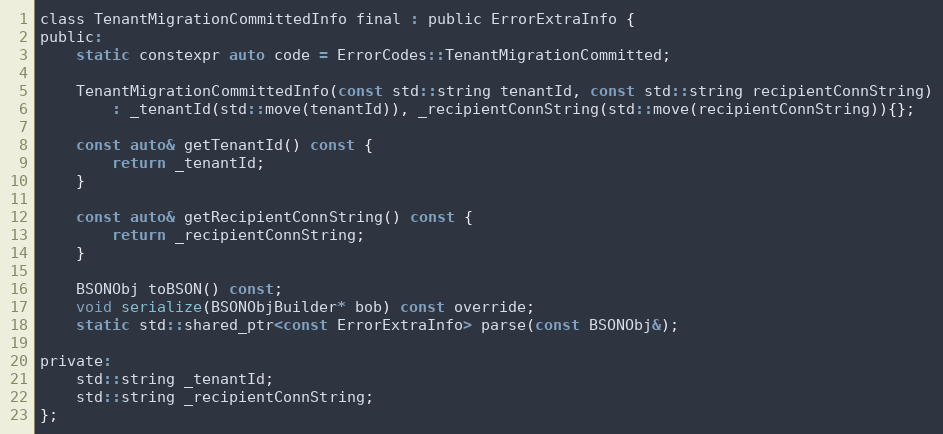
Language: C
class TenantMigrationCommittedInfo final : public ErrorExtraInfo {
public:
    static constexpr auto code = ErrorCodes::TenantMigrationCommitted;

    TenantMigrationCommittedInfo(const std::string tenantId, const std::string recipientConnString)
        : _tenantId(std::move(tenantId)), _recipientConnString(std::move(recipientConnString)){};

    const auto& getTenantId() const {
        return _tenantId;
    }

    const auto& getRecipientConnString() const {
        return _recipientConnString;
    }

    BSONObj toBSON() const;
    void serialize(BSONObjBuilder* bob) const override;
    static std::shared_ptr<const ErrorExtraInfo> parse(const BSONObj&);

private:
    std::string _tenantId;
    std::string _recipientConnString;
};